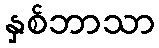
နှစ်ဘာသာ